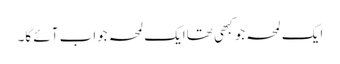
ایک لمحہ جو کبھی تھاایک لمحہ جواب آئے گا۔